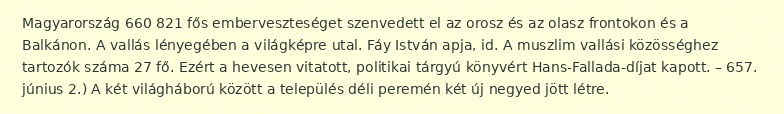
Magyarország 660 821 fős emberveszteséget szenvedett el az orosz és az olasz frontokon és a Balkánon. A vallás lényegében a világképre utal. Fáy István apja, id. A muszlim vallási közösséghez tartozók száma 27 fő. Ezért a hevesen vitatott, politikai tárgyú könyvért Hans-Fallada-díjat kapott. – 657. június 2.) A két világháború között a település déli peremén két új negyed jött létre.